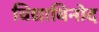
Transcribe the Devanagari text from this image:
विद्याविनोद